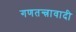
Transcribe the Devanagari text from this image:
गणतन्त्रावादी